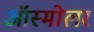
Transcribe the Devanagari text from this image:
ऑस्मोलर